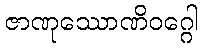
ဇာဏုဿောဏိဝဂ္ဂေါ